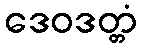
ဒေဝဒတ္တံ